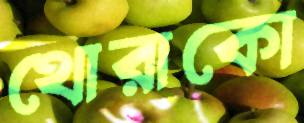
থোরাকো